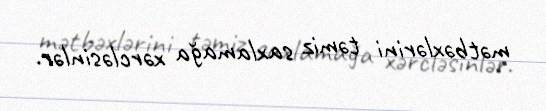
mətbəxlərini təmiz saxlamağa xərcləsinlər.